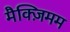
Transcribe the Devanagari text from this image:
मैक्ज़िमम